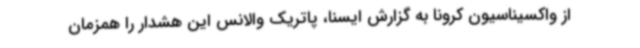
از واکسیناسیون کرونا به گزارش ایسنا، پاتریک والانس این هشدار را همزمان